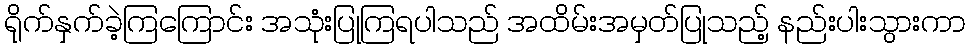
ရိုက်နှက်ခဲ့ကြကြောင်း အသုံးပြုကြရပါသည် အထိမ်းအမှတ်ပြုသည့် နည်းပါးသွားကာ